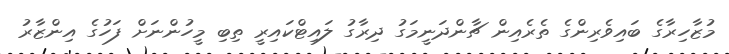
މުޒާހިރާގެ ބައިވެރިންގެ ތެރެއިން ޗާންދަނީމަގު ދިރާގު ލައިޓްކައިރީ ތިބި މީހުންނަަށް ފަހުގެ އިންޒާރު